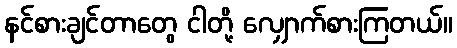
နင်စားချင်တာတွေ ငါတို့ လျှောက်စားကြတယ်။